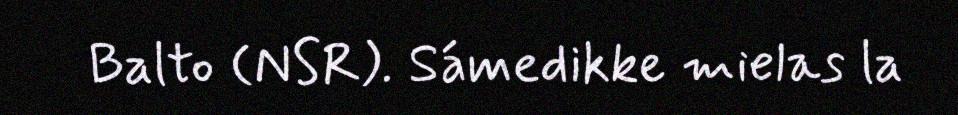
Balto (NSR). Sámedikke mielas la